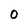
Character: 0